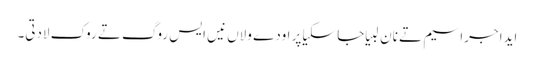
ایدا جراسیم تے نان لبیا جاسکیا پر اودے ولاں نیں ایس روگ تے روک لادتی۔